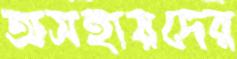
অসহায়দের